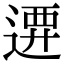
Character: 𨔰